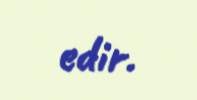
edir.